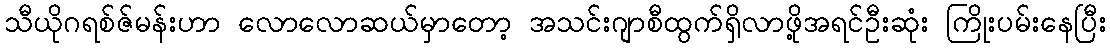
သီယိုဂရစ်ဇ်မန်းဟာ လောလောဆယ်မှာတော့ အသင်းဂျာစီထွက်ရှိလာဖို့အရင်ဦးဆုံး ကြိုးပမ်းနေပြီး